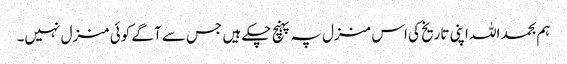
ہم بحمد اللہ اپنی تاریخ کی اس منزل پہ پہنچ چکے ہیں جس سے آگے کوئی منزل نہیں۔